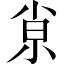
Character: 𡭴